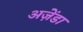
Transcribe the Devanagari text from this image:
अज़ेंडा